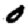
Digit: 0